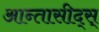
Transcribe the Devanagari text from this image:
आन्तासीद्स्